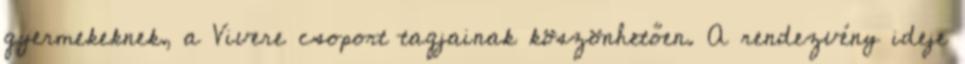
gyermekeknek, a Vivere csoport tagjainak köszönhetően. A rendezvény ideje